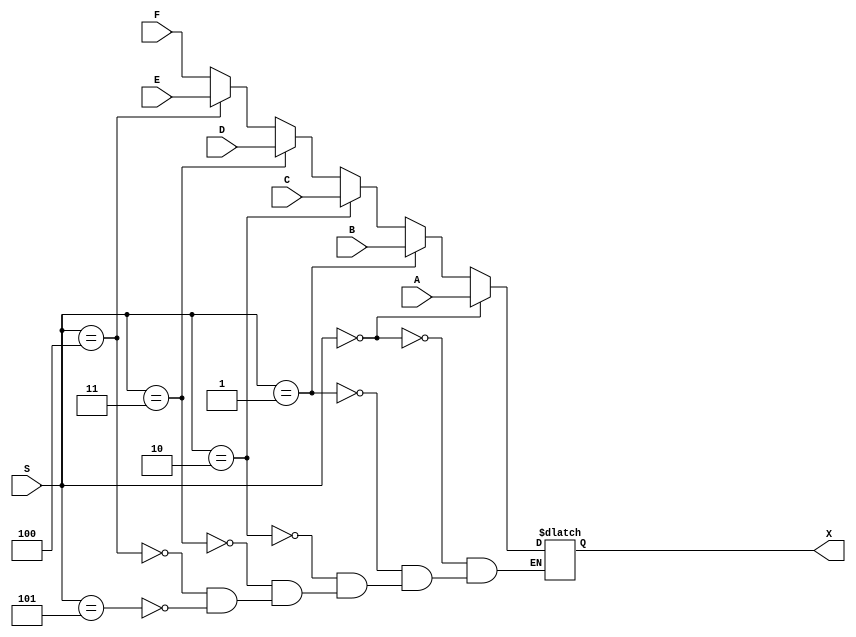
module mux_6x1_64bit (
    input [2:0] S,
    input [63:0] A, B, C, D, E, F,
    output reg [63:0] X
);

always @ (*) 
    begin
        if (S == 3'b000)
            X <= A;
        else if (S == 3'b001)
            X <= B;
        else if (S == 3'b010)
            X <= C;
        else if (S == 3'b011)
            X <= D;
        else if (S == 3'b100)
            X <= E;
        else if (S == 3'b101)
            X <= F;
    end
endmodule